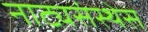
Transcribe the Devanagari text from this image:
नाट्यसंस्थेस